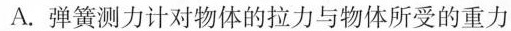
A.弹簧测力计对物体的拉力与物体所受的重力